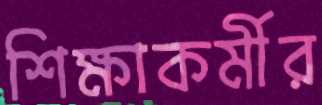
শিক্ষাকর্মীর